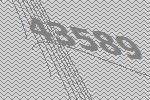
43589